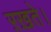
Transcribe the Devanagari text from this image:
ऱख़ते।